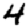
Digit: 4